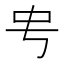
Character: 𬺺